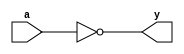
module inverter(a, y);
  input wire a;
  output reg y;
  assign y = ~a;
endmodule